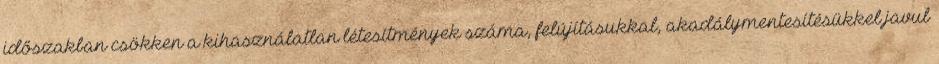
időszakban csökken a kihasználatlan létesítmények száma, felújításukkal, akadálymentesítésükkel javul